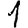
Digit: 1